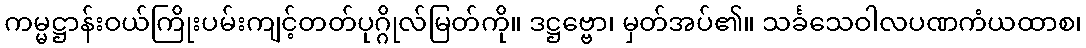
ကမ္မဋ္ဌာန်းဝယ်ကြိုးပမ်းကျင့်တတ်ပုဂ္ဂိုလ်မြတ်ကို။ ဒဋ္ဌဗ္ဗော၊ မှတ်အပ်၏။ သင်္ခသေဝါလပဏကံယထာစ၊